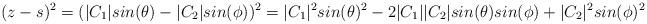
LaTeX: \begin{align*}(z-s)^2 = (|C_1|sin(\theta) - |C_2|sin(\phi))^2 = |C_1|^2 sin(\theta)^2 -2|C_1||C_2|sin(\theta)sin(\phi) + |C_2|^2 sin(\phi)^2\end{align*}